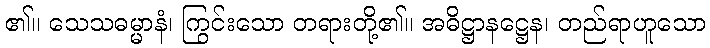
၏။ သေသဓမ္မာနံ၊ ကြွင်းသော တရားတို့၏။ အဓိဋ္ဌာနဋ္ဌေန၊ တည်ရာဟူသော